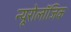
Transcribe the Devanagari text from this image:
न्यूरोलॉजिक